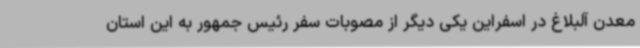
معدن آلبلاغ در اسفراین یکی دیگر از مصوبات سفر رئیس جمهور به این استان